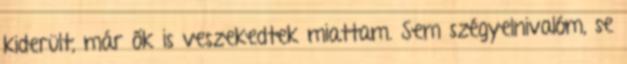
kiderült, már ők is veszekedtek miattam. Sem szégyelnivalóm, se